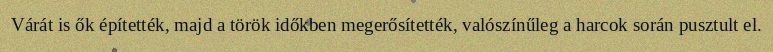
Várát is ők építették, majd a török időkben megerősítették, valószínűleg a harcok során pusztult el.